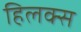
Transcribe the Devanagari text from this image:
हिलक्स